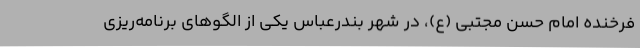
فرخنده امام حسن مجتبی (ع)، در شهر بندرعباس یکی از الگوهای برنامه‌ریزی